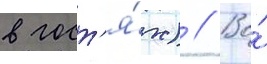
в гост'я́х) // Во́